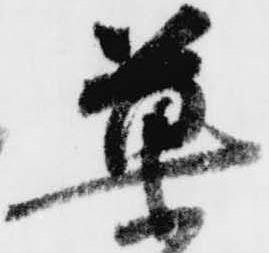
菓